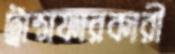
ট্রান্সফারকারী